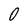
Character: O